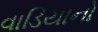
વાડિયાનો